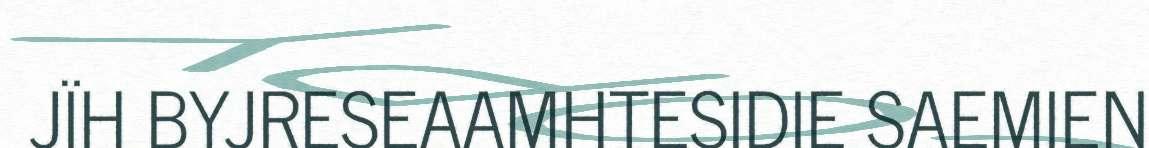
JÏH BYJRESEAAMHTESIDIE SAEMIEN